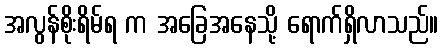
အလွန်စိုးရိမ်ရ က အခြေအနေသို့ ရောက်ရှိလာသည်။